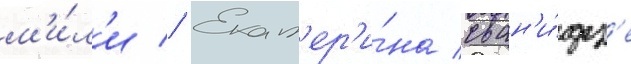
м'и́л'и // Екат'ер'и́на сван'и́дз'е